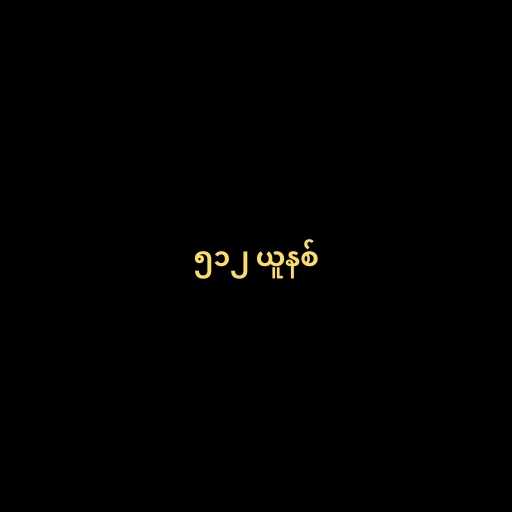
၅၁၂ ယူနစ်